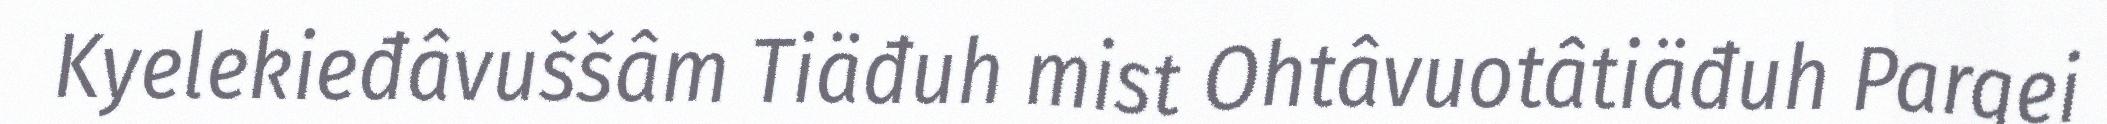
Kyelekieđâvuššâm Tiäđuh mist Ohtâvuotâtiäđuh Pargei